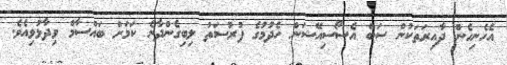
އެހެނިހެން ދާއިރަތަކުން ސަބް އެސޯސިއޭޝަން ހެދުމުގެ ފުރުސަތު ލިބިގެންދާނެ ކަމަށް ބައްސާމް ވިދާޅުވިއެވެ.